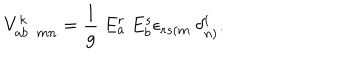
LaTeX: V _ { a b \ \ m n } ^ { k } = \frac { 1 } { g } \ E _ { a } ^ { r } \ E _ { b } ^ { s } \epsilon _ { r s ( m } \ \delta _ { n ) } ^ { i } .